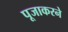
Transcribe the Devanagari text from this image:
पूजाकरने